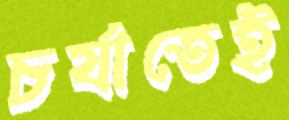
চর্যাতেই